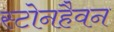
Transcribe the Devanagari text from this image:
स्टोनहैवन